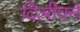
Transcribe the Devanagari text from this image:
दिलीपने